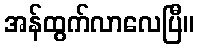
အန်ထွက်လာလေပြီ။